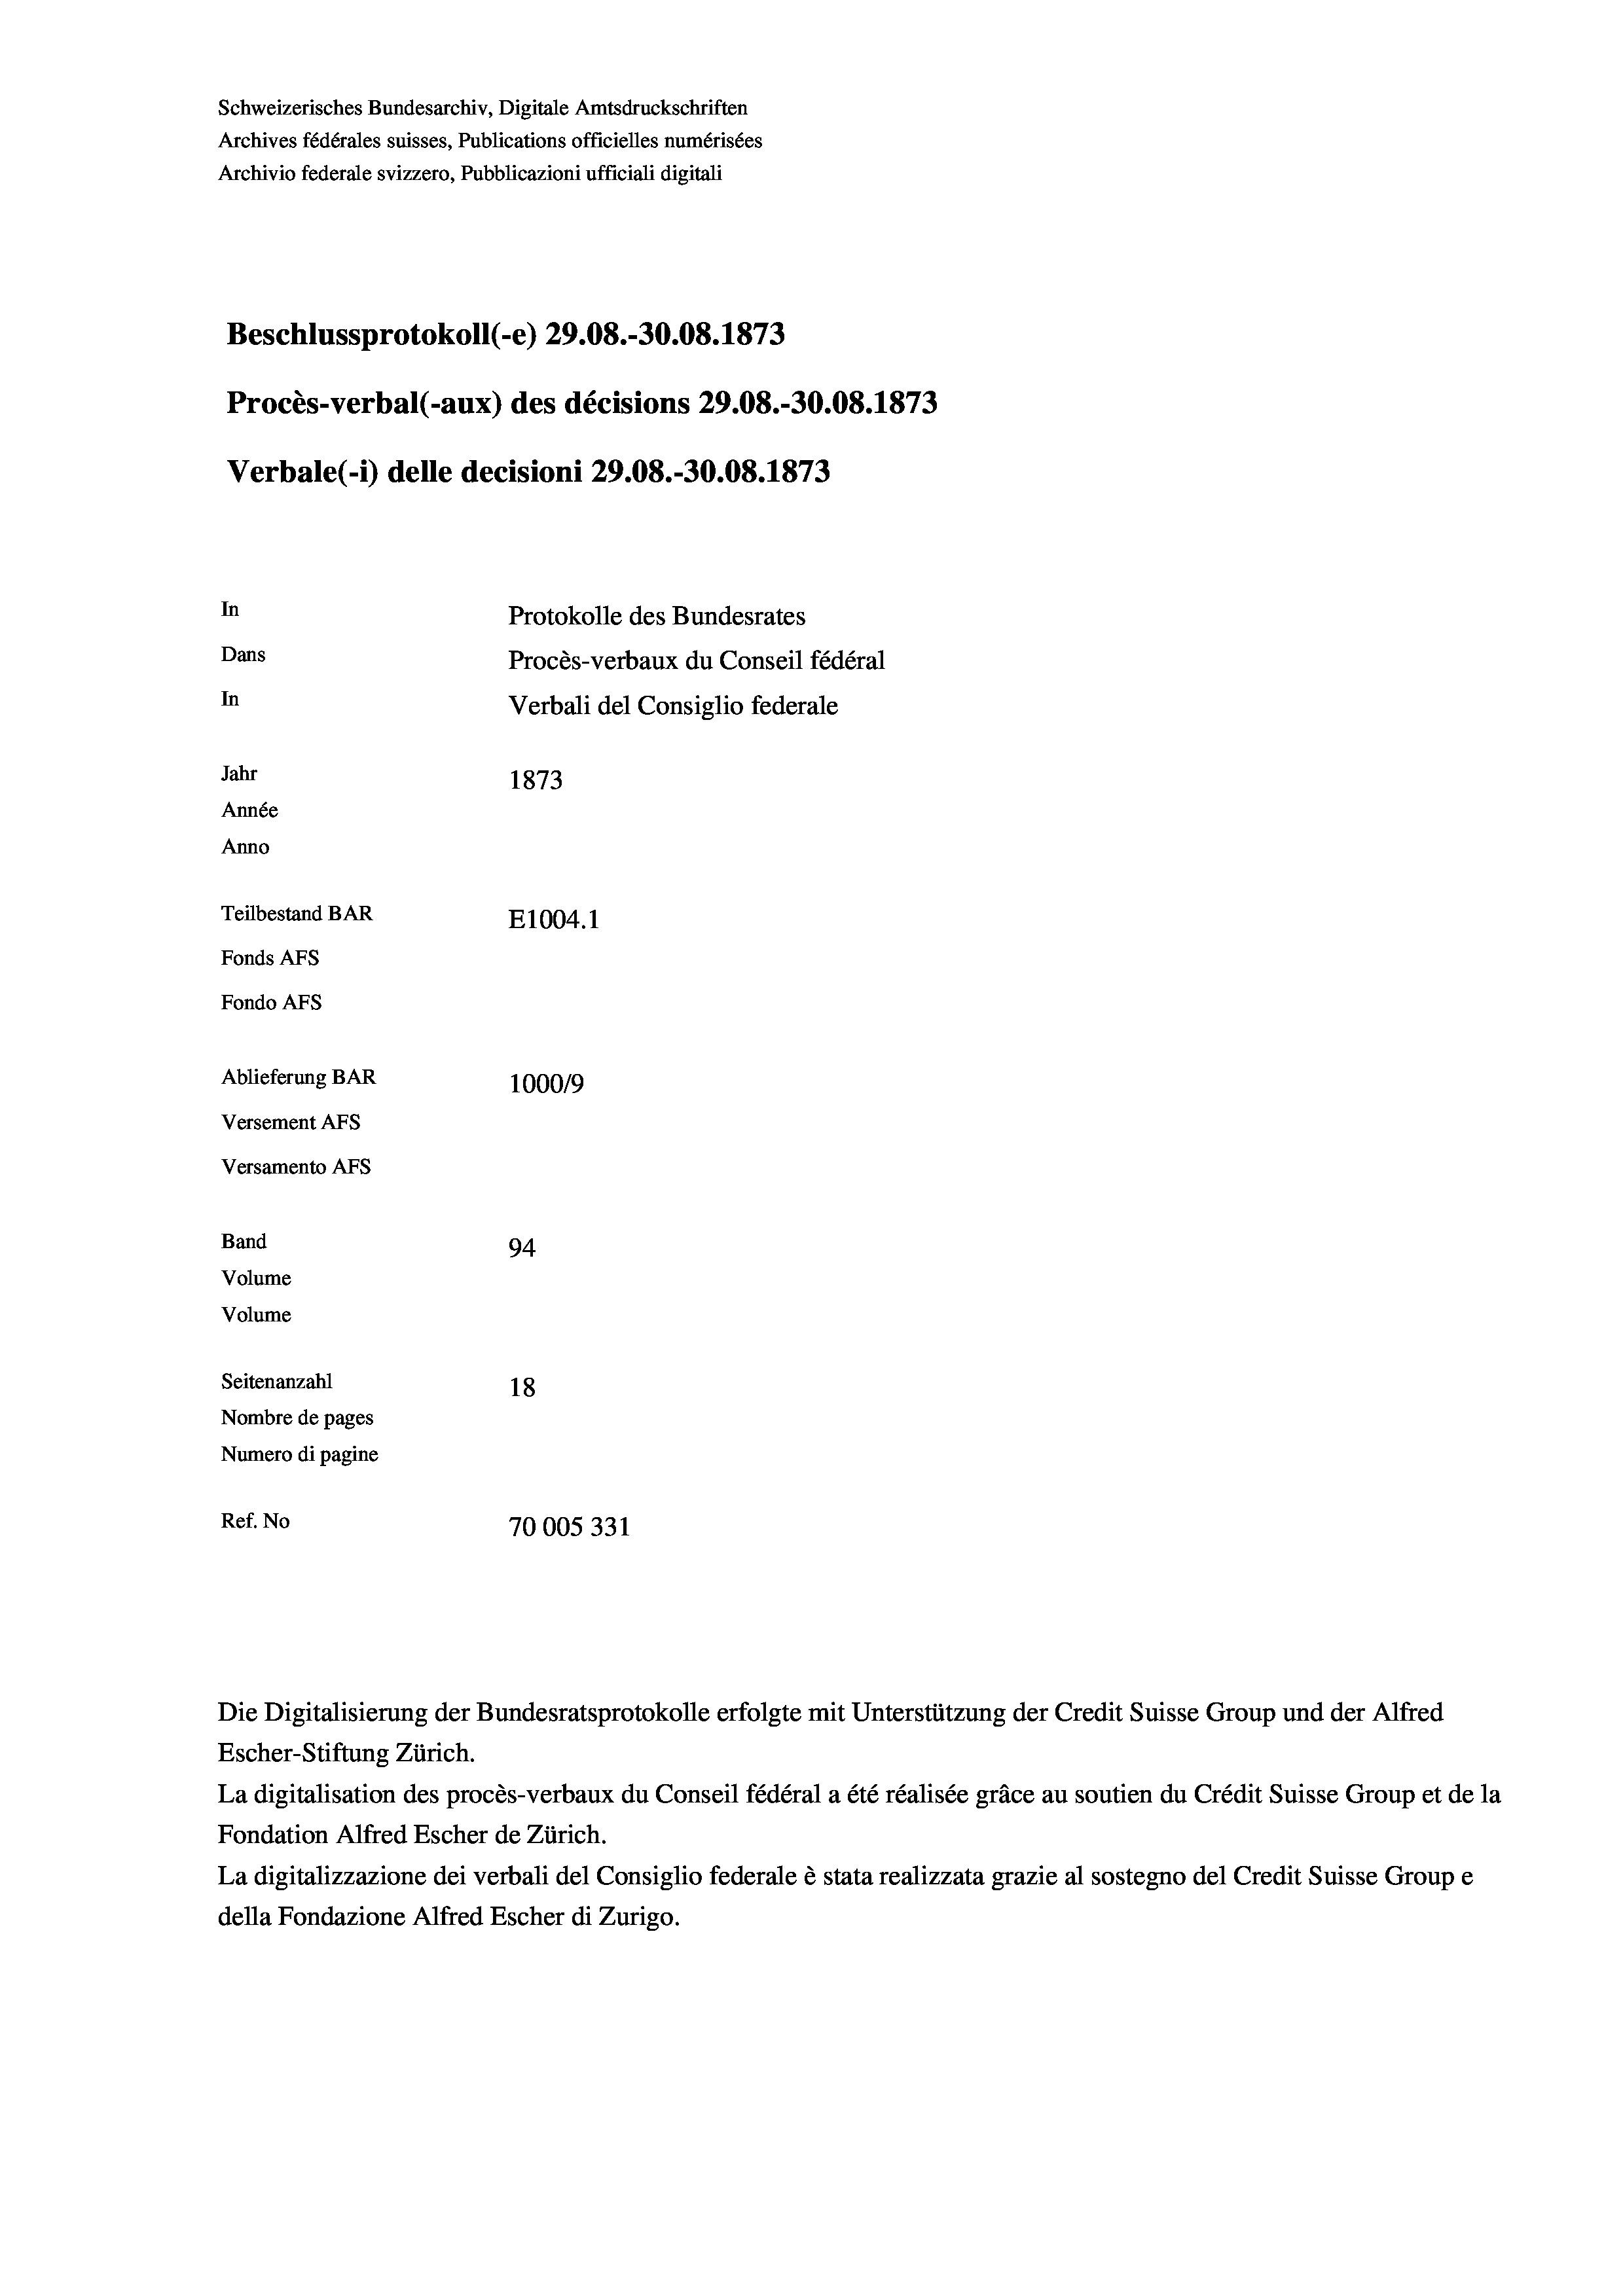
Schweizerisches Bundesarchiv, Digitale Amtsdruckschriften
Archives fédérales suisses, Publications officielles numérisées
Archivio federale svizzero, Pubblicazioni ufficiali digitali
Beschlussprotokoll (-e) 29.08.-30.08. 1873
Procès-verbal (-aux) des décisions 29.08.-30.08. 1873
Verbale (i) delle decisioni 29.08.-30.08. 1873
In
Protokolle des Bundesrates
Dans
Procès-verbaux du Conseil fédéral
In
Verbali del Consiglio federale
Jahr
1873
Année
Anno
Teilbestand BAR
E1004.1
Fonds AFs
Fondo Afs
Ablieferung BAR
100019
Versement AFs
Versamento AFs
Band
94.
Volume
Volume

Seitenanzahl
18
Nombre de pages
Numero di pagine
Ref. No
70005331

Escher-Stiftung Zürich.
La digitalisation des procès-verbaux du Conseil fédéral a été réalisée gräce au soutien du Crédit Suisse Group et de la
Fondation Alfred Escher de Zürich.
La digitalizzazione dei verbali del Consiglio federale è stata realizzata grazie al sostegno del Credit Suisse Groupe
della Fondazione Alfred Escher di Zurigo.

Die Digitalisierung der Bundesratsprotokolle erfolgte mit Unterstützung der Credit Suisse Group und der Alfred